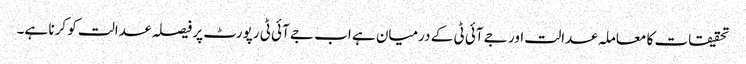
تحقیقات کا معاملہ عدالت اور جے آئی ٹی کے درمیان ہے اب جے آئی ٹی رپورٹ پر فیصلہ عدالت کو کرنا ہے۔